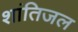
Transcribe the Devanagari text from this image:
शांतिजल